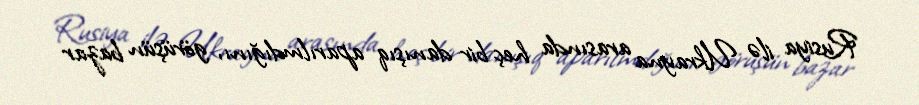
Rusiya ilə Ukrayna arasında heç bir danışıq aparılmdığını, görüşün bazar